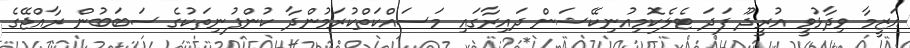
އަޒީމާ ވިދާޅުވީ އުރީދޫ ފަދަ ޓެލެކޮމިއުނިކޭޝަން ދައިރާގައި މަސައްކަތްކުރަމުންދާ ކުންފުނިތަކުގެ ސަބަބުން ރާއްޖޭގެ